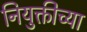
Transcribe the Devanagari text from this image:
नियुक्तीच्या